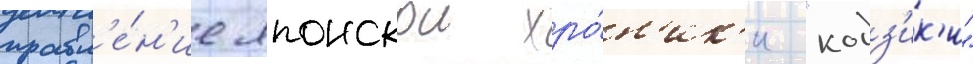
правл'е́н'ие японскои хро́н'ик'и "кодз'ик'и"